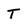
Character: T